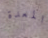
المعدة